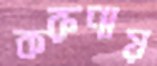
করুণায়